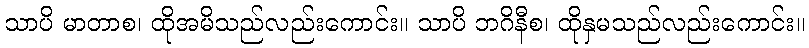
သာပိ မာတာစ၊ ထိုအမိသည်လည်းကောင်း။ သာပိ ဘဂိနီစ၊ ထိုနှမသည်လည်းကောင်း။